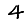
Digit: 4